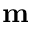
\mathbf { m }